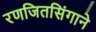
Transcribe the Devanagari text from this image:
रणजितसिंगाने